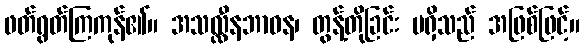
ဖတ်ရွတ်ကြကုန်၏။ အသလ္လီနဘာဝန၊ တွန့်တိုခြင်း မရှိသည် အဖြစ်ဖြင့်။